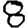
Digit: 8